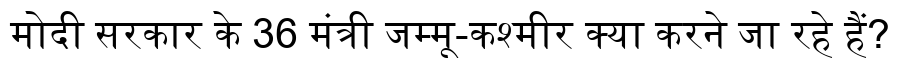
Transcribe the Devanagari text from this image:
मोदी सरकार के 36 मंत्री जम्मू-कश्मीर क्या करने जा रहे हैं?